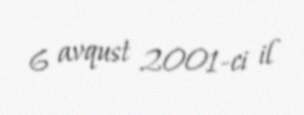
6 avqust 2001-ci il